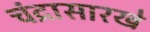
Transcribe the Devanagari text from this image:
चंद्रासारखे